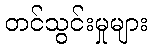
တင်သွင်းမှုများ